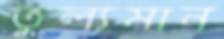
তুল্যমান